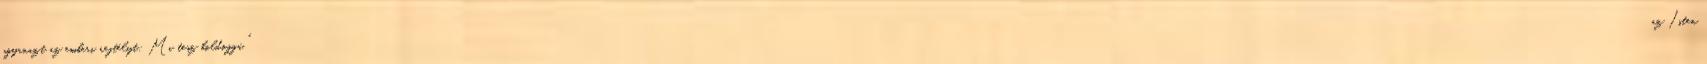
ugyanazt az emberi rejtélyt: Mi tesz boldoggá. "az Isten